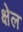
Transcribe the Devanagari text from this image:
क्षेल